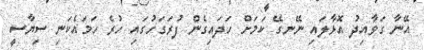
އޭނާ ގަވާއިދު އޮޅާލައި ނޭނގޭ ކަމަށް ހަދައިގެން ފުރަގަހުގައި ހުރެ ހަމައެކަނި ސިޔާސީ